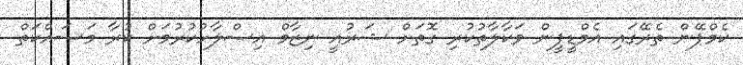
ކެމްޕޭން ތެރޭގައި އެމްޑީޕީން ވަކާލާތުކުރި ގޮތަށް ޝަރުއީ ނިޒާމް އިސްލާހުކުރުމަށް ކުރާ މަސައްކަތް